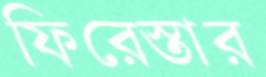
ফিরেস্তার